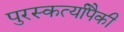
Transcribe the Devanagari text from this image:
पुरस्कर्त्यांपैकी